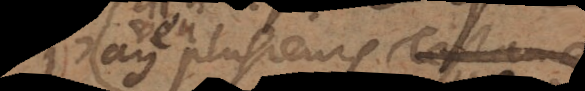
vu plusieurs